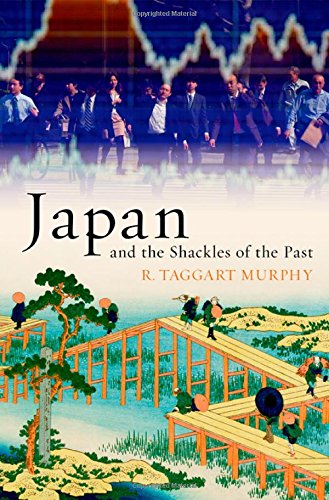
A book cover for Japan and the Shackles of the Past (What Everyone Needs to Know); R. Taggart Murphy; Law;